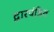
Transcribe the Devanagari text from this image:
द्वारपंडित